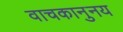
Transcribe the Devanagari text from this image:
वाचकानुनय